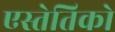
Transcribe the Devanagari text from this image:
एस्तेतिको